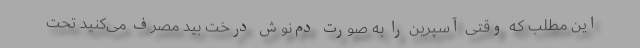
این مطلب که وقتی آسپرین را به صورت دم‌نوش درخت بید مصرف می‌کنید تحت